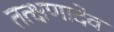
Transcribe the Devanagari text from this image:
तत्क्षणादेव